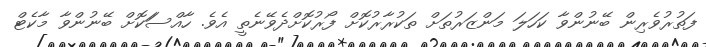
ފަތުރުވެރިން ބޭނުންވާ ކަހަލަ މަންޒަރުތަށް ތަކުރާރުކޮށް ފޯރުކޮށްދެވޭނެތީ އެވެ. ހާއްސަަކޮށް ބޭނުންވާ މާކެޓް